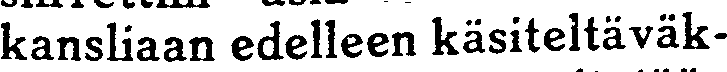
kansliaan edelleen käsiteltäväk-